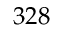
3 2 8